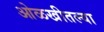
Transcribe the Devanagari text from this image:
ओळखीतल्या